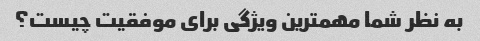
به نظر شما مهمترین ویژگی برای موفقیت چیست؟